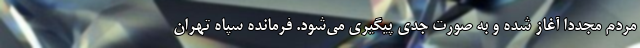
مردم مجدداً آغاز شده و به صورت جدی پیگیری می‌شود. فرمانده سپاه تهران